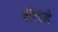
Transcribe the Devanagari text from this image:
सॅलडे